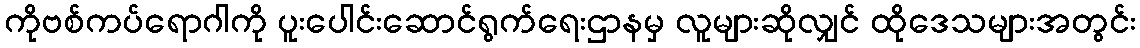
ကိုဗစ်ကပ်ရောဂါကို ပူးပေါင်းဆောင်ရွက်ရေးဌာနမှ လူများဆိုလျှင် ထိုဒေသများအတွင်း